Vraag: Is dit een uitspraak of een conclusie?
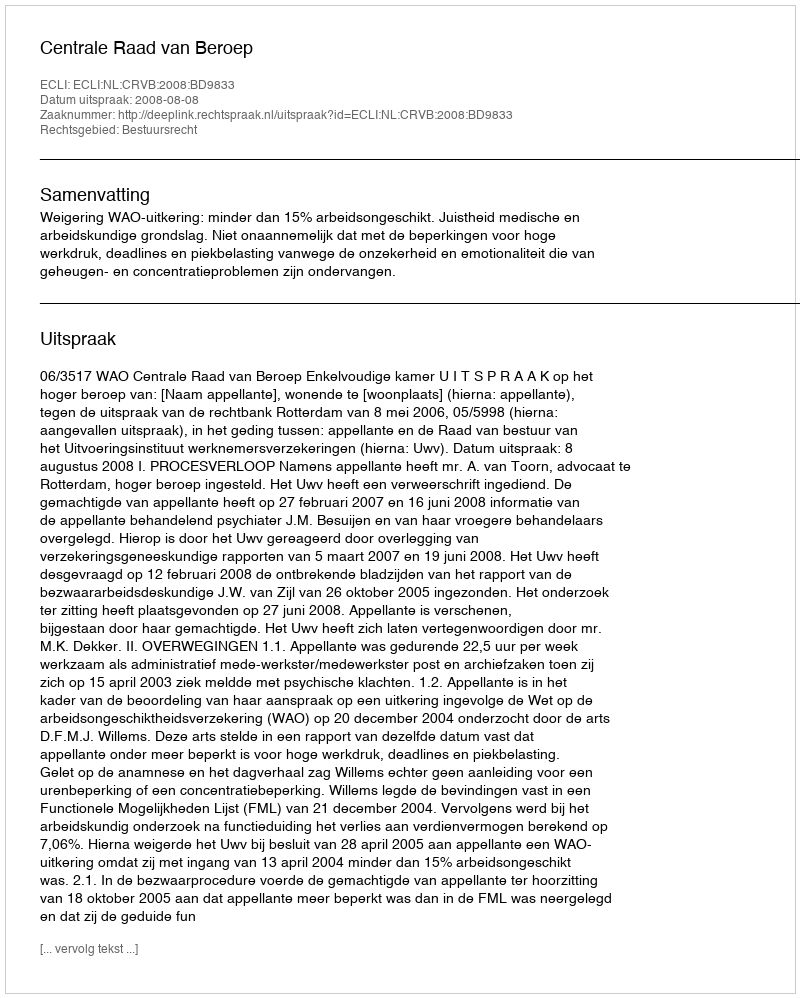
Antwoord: Uitspraak